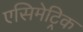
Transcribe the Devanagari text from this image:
एसिमेट्रिक